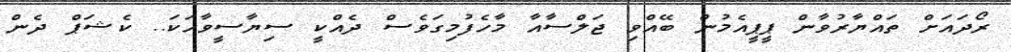
ރޯދައަށް ތައްޔާރުވާން ޕީޕީއެމުން ބޭއްވި ޖަލްސާއާ މާހެފުމިގަވެސް ދެއްކީ ސިޔާސީވާހަކަ.. ކެޝަޕް ދެން